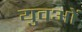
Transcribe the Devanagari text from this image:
युवओं